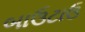
બાઉટાઉ